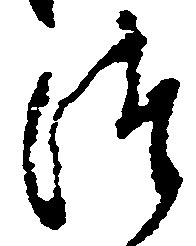
つ